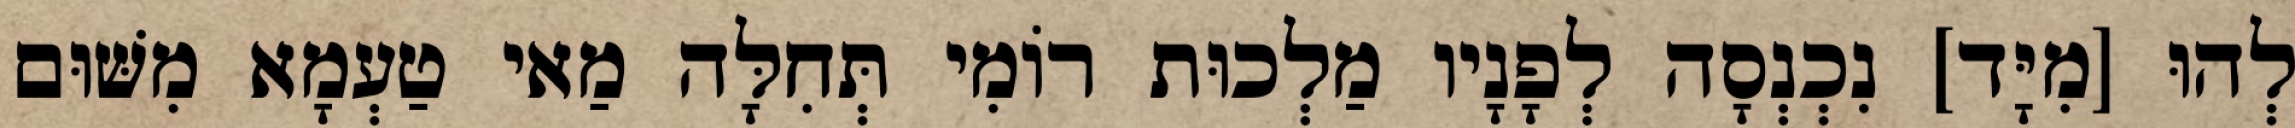
לְהוּ [מִיָּד] נִכְנְסָה לְפָנָיו מַלְכוּת רוֹמִי תְּחִלָּה מַאי טַעְמָא מִשּׁוּם